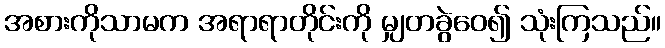
အစားကိုသာမက အရာရာတိုင်းကို မျှတခွဲဝေ၍ သုံးကြသည်။